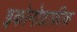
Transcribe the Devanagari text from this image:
इकोनोग्राफ़ीक